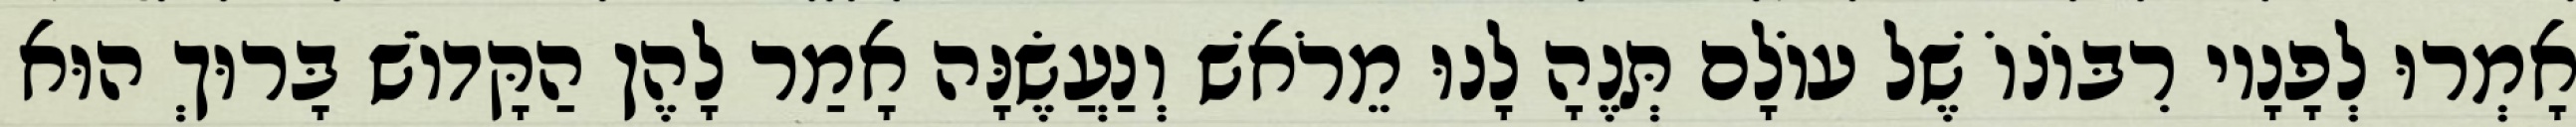
אָמְרוּ לְפָנָיו רִבּוֹנוֹ שֶׁל עוֹלָם תְּנֶהָ לָנוּ מֵרֹאשׁ וְנַעֲשֶׂנָּה אָמַר לָהֶן הַקָּדוֹשׁ בָּרוּךְ הוּא